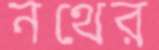
নথের